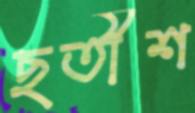
ছতীশ